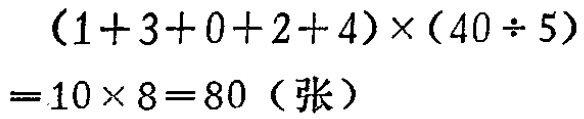
\((1 + 3 + 0 + 2 + 4)\times(40\div5)=10\times8 = 80\)（张）